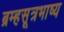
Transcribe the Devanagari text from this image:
ब्रम्हसूत्रभाष्य